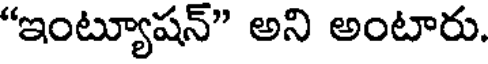
"ఇంట్యూషన్" అని అంటారు.